Civil Veterinary Dept. Bombay admin report 1932-41 - 1932-1941
Year: 1932
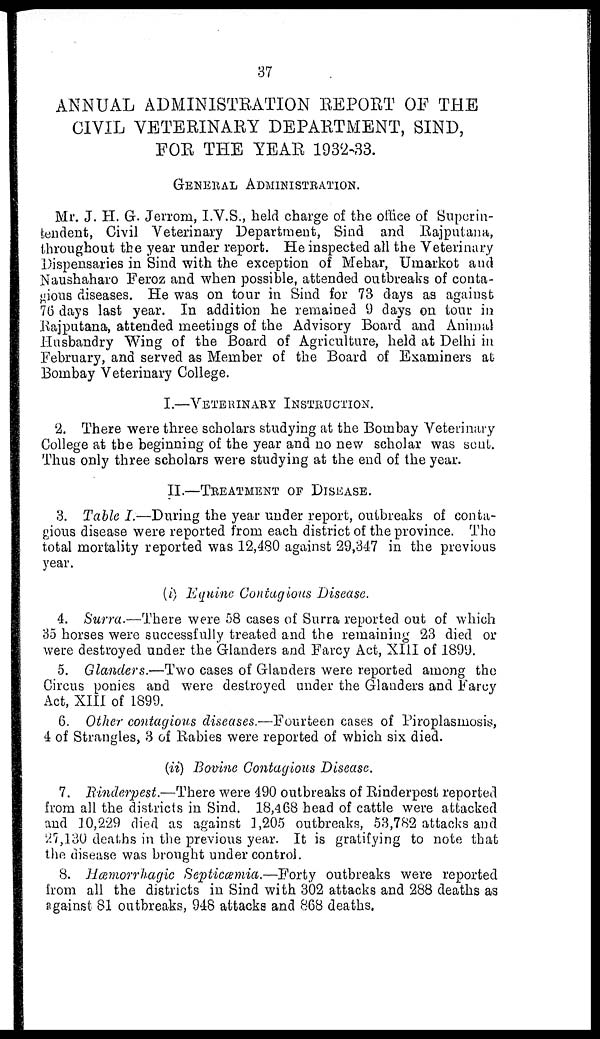
37
ANNUAL ADMINISTRATION REPORT OF THE
CIVIL VETERINARY DEPARTMENT, SIND,
FOR THE YEAR 1932-33.
GENERAL ADMINISTRATION.
Mr. J. H. G. Jerrom, I.V.S., held charge of the office of Superin-
tendent, Civil Veterinary Department, Sind and Rajputana,
throughout the year under report. He inspected all the Veterinary
Dispensaries in Sind with the exception of Mehar, Umarkot and
Naushaharo Feroz and when possible, attended outbreaks of conta-
gious diseases. He was on tour in Sind for 73 days as against
76 days last year. In addition he remained 9 days on tour in
Rajputana, attended meetings of the Advisory Board and Animal
Husbandry Wing of the Board of Agriculture, held at Delhi in
February, and served as Member of the Board of Examiners at
Bombay Veterinary College.
I.—VETERINARY INSTRUCTION.
2. There were three scholars studying at the Bombay Veterinary
College at the beginning of the year and no new scholar was sent.
Thus only three scholars were studying at the end of the year.
II.—TREATMENT OF DISEASE.
3. Table I.—During the year under report, outbreaks of conta-
gious disease were reported from each district of the province. The
total mortality reported was 12,480 against 29,347 in the previous
year.
(i) Equine Contagious Disease.
4. Surra.—There were 58 cases of Surra reported out of which
35 horses were successfully treated and the remaining 23 died or
were destroyed under the Glanders and Farcy Act, XIII of 1899.
5. Glanders.—Two cases of Glanders were reported among the
Circus ponies and were destroyed under the Glanders and Farcy
Act, XIII of 1899.
6. Other contagious diseases.—Fourteen cases of Piroplasmosis,
4 of Strangles, 3 of Rabies were reported of which six died.
(ii) Bovine Contagious Disease.
7. Rinderpest.—There were 490 outbreaks of Rinderpest reported
from all the districts in Sind. 18,468 head of cattle were attacked
and 10,229 died as against 1,205 outbreaks, 53,782 attacks and
27,130 deaths in the previous year. It is gratifying to note that
the disease was brought under control.
8. Hæmorrhagic Septicæmia.—Forty outbreaks were reported
from all the districts in Sind with 302 attacks and 288 deaths as
against 81 outbreaks, 948 attacks and 868 deaths.